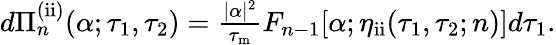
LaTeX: \begin{array}{r}{d\Pi_{n}^{\mathrm{(ii)}}(\alpha;\tau_{1},\tau_{2})=\frac{|\alpha|^{2}}{\tau_{\mathrm{m}}}F_{n-1}[\alpha;\eta_{\mathrm{ii}}(\tau_{1},\tau_{2};n)]d\tau_{1}.}\end{array}